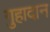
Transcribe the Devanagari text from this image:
गुहादान